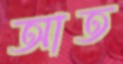
আত